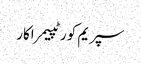
سپریم کورٹپیمراکار